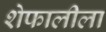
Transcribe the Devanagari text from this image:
शेफालीला